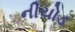
નીચોડ